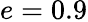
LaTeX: e=0.9